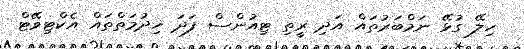
ހިލޭ ގުޅޭ ނަމްބަރުތައް އަދި ރީތި ޓިއުންސް ފަދަ ޚިދުމަތްތައް އެކްޓިވޭޓް